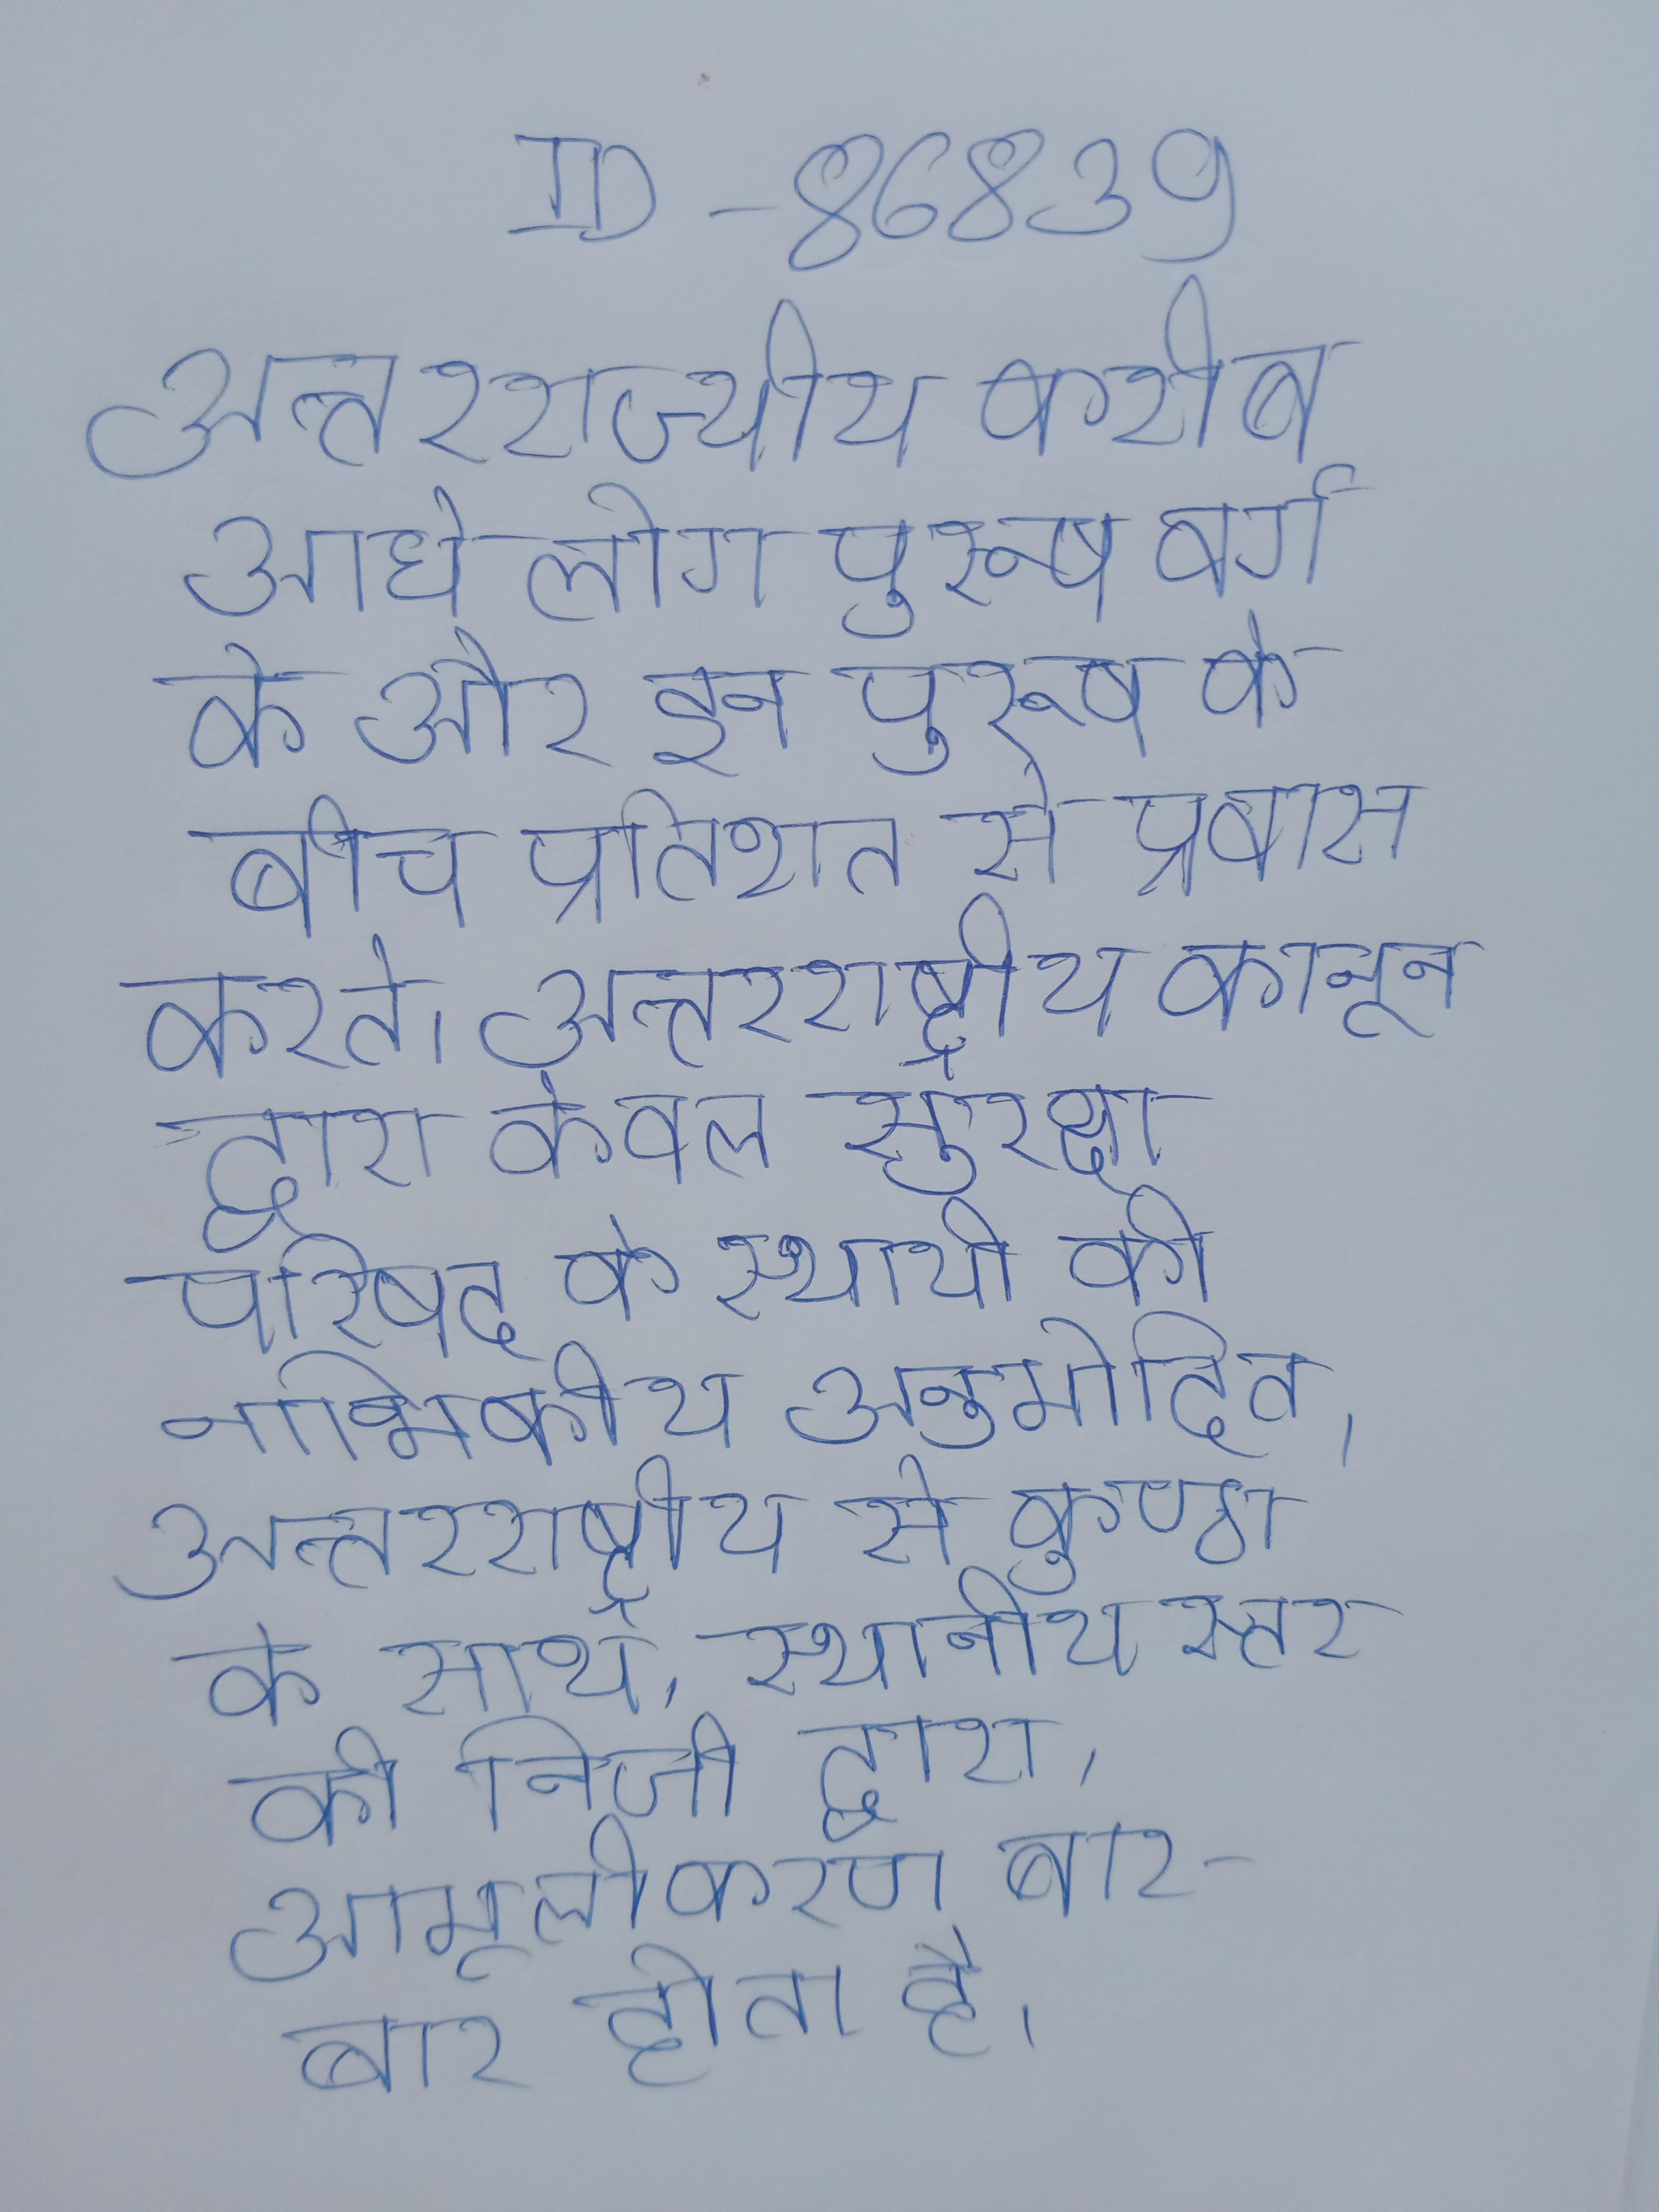
अन्तरराज्यीय करीब आधे लोग पुरूष वर्ग के और इन पुरूष के बीच प्रतिशत से प्रवास करते । अन्तरराष्ट्रीय कानून द्वारा केवल सुरक्षा परिषद के स्थायी की नाभिकीय अनुमोदित । अन्तरराष्ट्रीय से कुण्ठा के साथ, स्थानीय स्तर की निजी द्वारा, आमूलीकरण बार-बार होता है ।